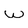
Character: w